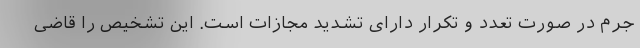
جرم در صورت تعدد و تکرار دارای تشدید مجازات است. این تشخیص را قاضی